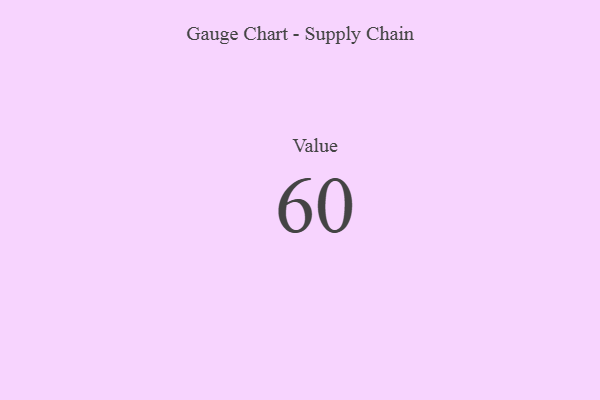
{"axis": {"x": "Metric", "y": "Value"}, "legend": [""], "data": [{"x": "Value", "y": 60, "type": ""}]}